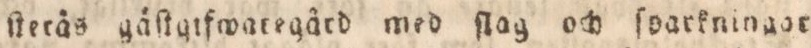
ſterås gäſtifwategård med ſlag och ſparkningor